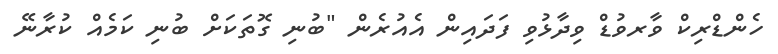
ހެންޑްރިކް ވާރވުޑް ވިދާޅުވި ފަދައިން އެއުރެން "ބުނި ގޮތަކަށް ބުނި ކަމެއް ކުރާނޭ